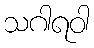
သဂါရဝါ